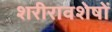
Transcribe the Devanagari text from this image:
शरीरावशेषों